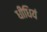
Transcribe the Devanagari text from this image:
धीधियं